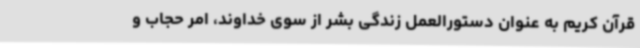
قرآن کریم به عنوان دستورالعمل زندگی بشر از سوی خداوند، امر حجاب و